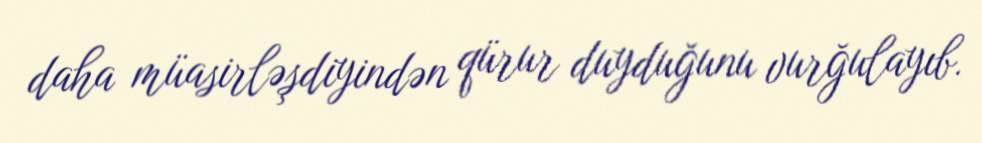
daha müasirləşdiyindən qürur duyduğunu vurğulayıb.